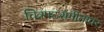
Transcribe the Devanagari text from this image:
चित्रपटसंगीतावर